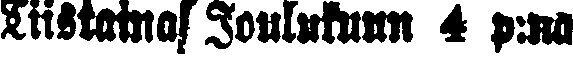
Tiistaina Joulukuun 4 p:nä